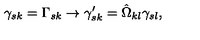
\gamma _ { s k } = \Gamma _ { s k } \rightarrow \gamma _ { s k } ^ { \prime } = \hat { \Omega } _ { k l } \gamma _ { s l } ,